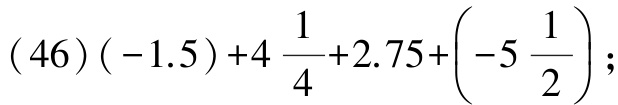
\((46)(-1.5)+4\frac{1}{4}+2.75+\left(-5\frac{1}{2}\right);\)